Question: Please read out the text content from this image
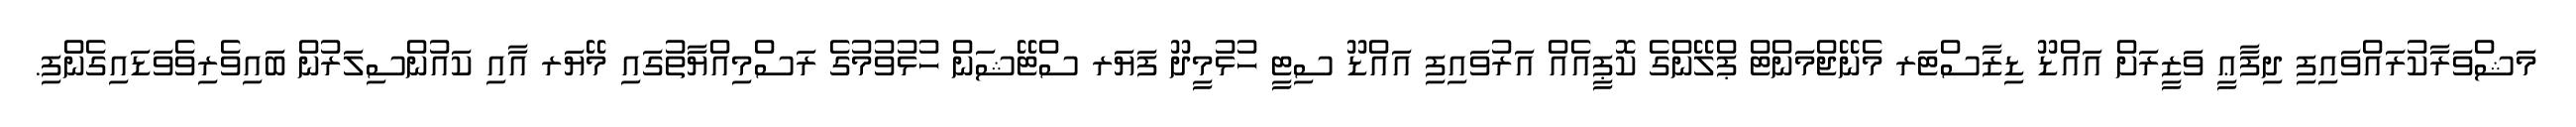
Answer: މަޝްވަރާކުރައްވައިފި ދިފާޢީ ވަޒީރަށް އައްޑޫ ޑިޒާސްޓަރ މެނޭޖްމަންޓް ޕްލޭންގެ ކޮޕީއެއް އަރުވައިފި އައްޑޫ ސިޓީ ހުޅުމީދޫ ފަޔަރ ސްޓޭޝަން ހުޅުވުމުގެ ރަސްމިއްޔާތުގައި މޭޔަރ އާއި ކައުންސިލަރުން ބައިވެރިވެވަޑައިގެންފި.